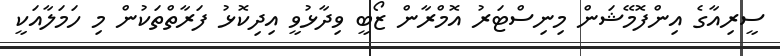
ސީރިއާގެ އިންފޮމޭޝަން މިނިސްޓަރު އޮމްރާން ޒޯބީ ވިދާޅުވީ އިދިކޮޅު ފަރާތްތަކުން މި ހަމަލާއަކީ